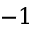
- 1